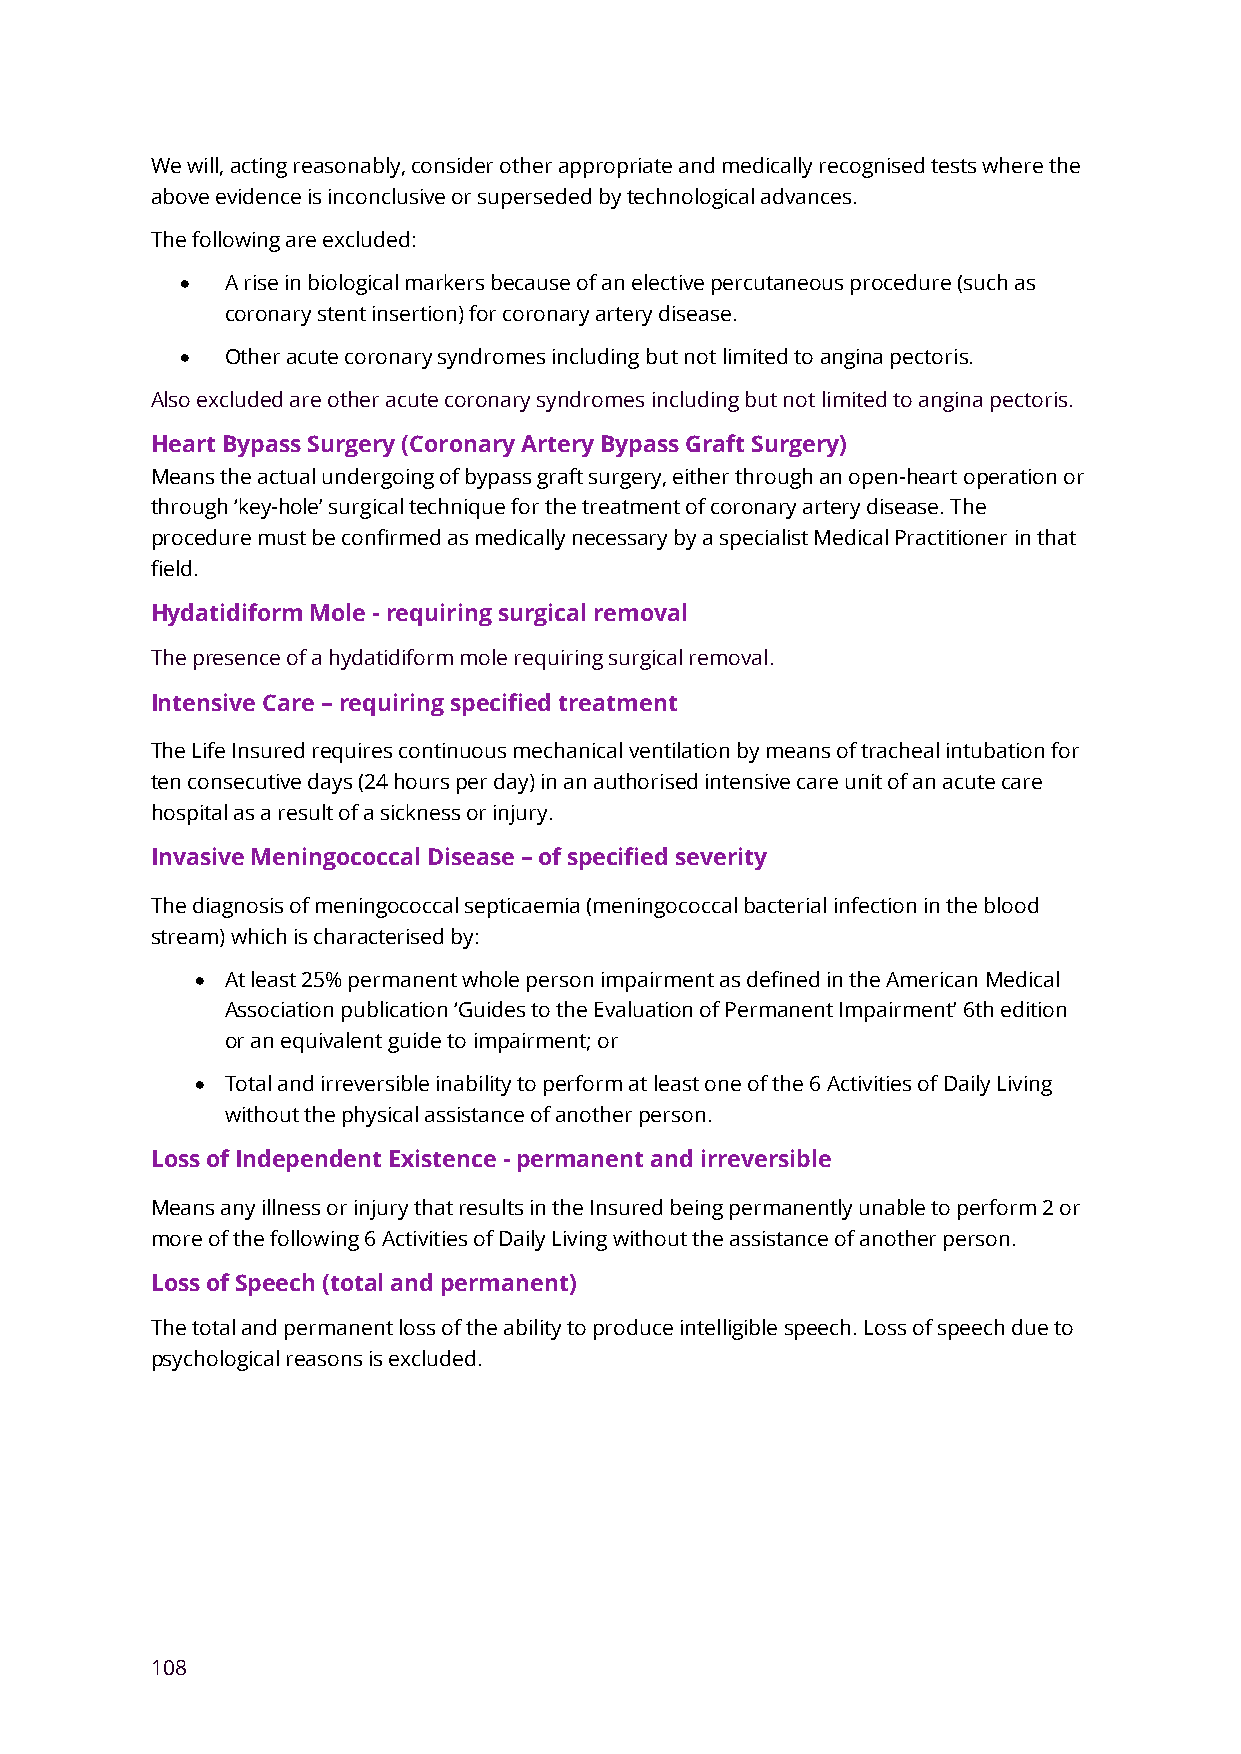
We will, acting reasonably, consider other appropriate and medically recognised tests where the
 above evidence is inconclusive or superseded by technological advances.
 The following are excluded:
 •  A rise in biological markers because of an elective percutaneous procedure (such as
 coronary stent insertion) for coronary artery disease.
 •  Other acute coronary syndromes including but not limited to angina pectoris.
 Also excluded are other acute coronary syndromes including but not limited to angina pectoris.
 Heart Bypass Surgery (Coronary Artery Bypass Graft Surgery)
 Means the actual undergoing of bypass graft surgery, either through an open-heart operation or
 through ‘key-hole’ surgical technique for the treatment of coronary artery disease. The
 procedure must be confirmed as medically necessary by a specialist Medical Practitioner in that
 field.
 Hydatidiform Mole - requiring surgical removal
 The presence of a hydatidiform mole requiring surgical removal.
 Intensive Care – requiring specified treatment
 The Life Insured requires continuous mechanical ventilation by means of tracheal intubation for
 ten consecutive days (24 hours per day) in an authorised intensive care unit of an acute care
 hospital as a result of a sickness or injury.
 Invasive Meningococcal Disease – of specified severity
 The diagnosis of meningococcal septicaemia (meningococcal bacterial infection in the blood
 stream) which is characterised by:
 • At least 25% permanent whole person impairment as defined in the American Medical
 Association publication ‘Guides to the Evaluation of Permanent Impairment’ 6th edition
 or an equivalent guide to impairment; or
 • Total and irreversible inability to perform at least one of the 6 Activities of Daily Living
 without the physical assistance of another person.
 Loss of Independent Existence - permanent and irreversible
 Means any illness or injury that results in the Insured being permanently unable to perform 2 or
 more of the following 6 Activities of Daily Living without the assistance of another person.
 Loss of Speech (total and permanent)
 The total and permanent loss of the ability to produce intelligible speech. Loss of speech due to
 psychological reasons is excluded.
 108